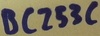
Text: BC253C